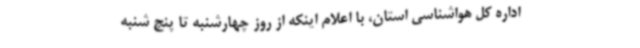
اداره کل هواشناسی استان، با اعلام اینکه از روز چهارشنبه تا پنج شنبه